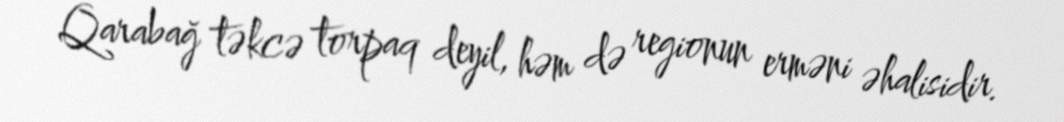
Qarabağ təkcə torpaq deyil, həm də regionun erməni əhalisidir.